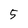
Character: 5